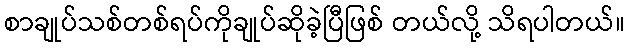
စာချုပ်သစ်တစ်ရပ်ကိုချုပ်ဆိုခဲ့ပြီဖြစ် တယ်လို့ သိရပါတယ်။